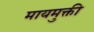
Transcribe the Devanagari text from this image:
मायमुक्ती